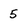
Character: 5